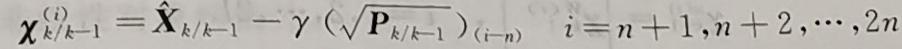
$\boldsymbol{\chi}_{k / k-1}^{(i)}=\hat{\boldsymbol{X}}_{k / k-1}-\gamma\left(\sqrt{\mathbf{P}_{k / k-1}}\right)_{(i-n)} \quad i=n+1, n+2, \cdots, 2 n$